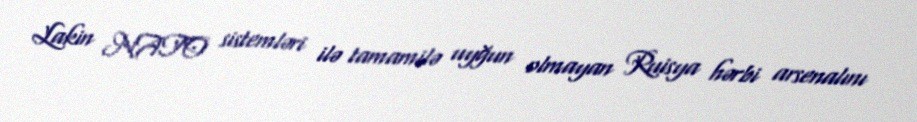
Lakin NATO sistemləri ilə tamamilə uyğun olmayan Ruisya hərbi arsenalını